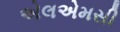
એલએમસી